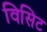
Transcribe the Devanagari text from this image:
विसिट